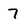
Character: 7